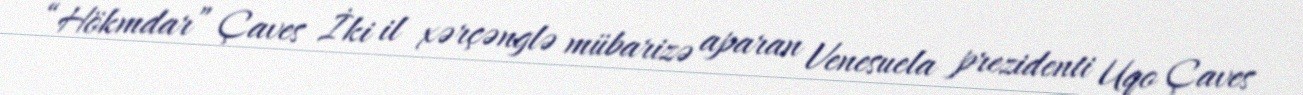
“Hökmdar” Çaves İki il xərçənglə mübarizə aparan Venesuela prezidenti Uqo Çaves